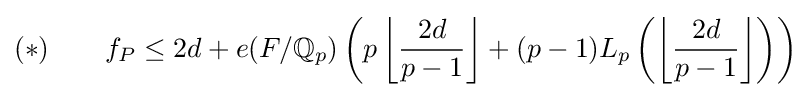
(*)\qquad f_{P}\leq 2d+e(F/\mathbb {Q} _{p})\left(p\left\lfloor {\frac {2d}{p-1}}\right\rfloor +(p-1)L_{p}\left(\left\lfloor {\frac {2d}{p-1}}\right\rfloor \right)\right)